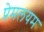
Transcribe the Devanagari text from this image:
प्रेमलयम